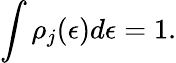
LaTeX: \int\rho_{j}(\epsilon)d\epsilon=1.